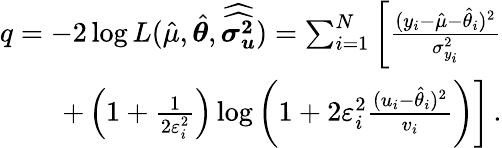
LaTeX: \begin{array}{r}{q=-2\log L(\hat{\mu},\hat{\boldsymbol{\theta}},\widehat{\widehat{\boldsymbol{\sigma_{u}^{2}}}})=\sum_{i=1}^{N}\left[\frac{(y_{i}-\hat{\mu}-\hat{\theta}_{i})^{2}}{\sigma_{y_{i}}^{2}}\right.}\\ {\left.+\left(1+\frac{1}{2\varepsilon_{i}^{2}}\right)\log\left(1+2\varepsilon_{i}^{2}\frac{(u_{i}-\hat{\theta}_{i})^{2}}{v_{i}}\right)\right]\, .}\end{array}